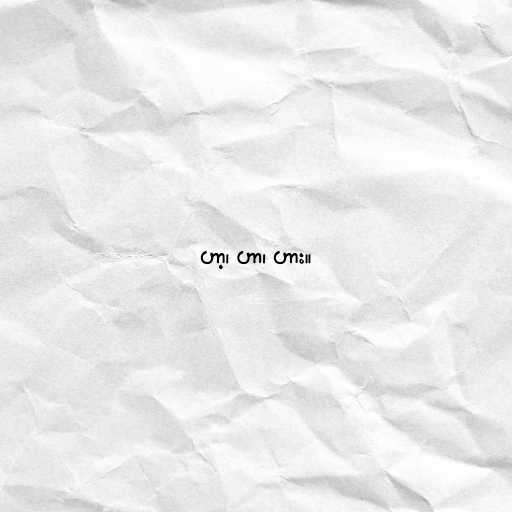
ဟာ့၊ ဟာ၊ ဟား။